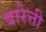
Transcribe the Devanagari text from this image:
बारेत्ती